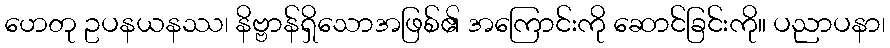
ဟေတု ဥပနယနဿ၊ နိဗ္ဗာန်ရှိသောအဖြစ်၏ အကြောင်းကို ဆောင်ခြင်းကို။ ပညာပနာ၊